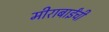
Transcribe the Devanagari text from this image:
मीराबाईंची